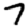
Digit: 7